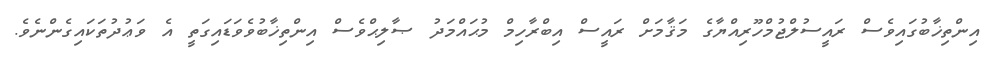
އިންތިޚާބުގައިވެސް ރައީސުލްޖުމްހޫރިއްޔާގެ މަޤާމަށް ރައީސް އިބްރާހިމް މުޙައްމަދު ޞާލިޙްވެސް އިންތިޚާބުވެވަޑައިގަތީ އެ ވަޢުދުތަކައިގެންނެވެ.